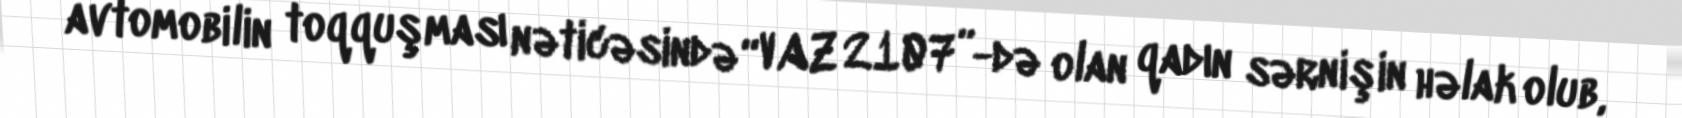
avtomobilin toqquşması nəticəsində “VAZ 2107”-də olan qadın sərnişin həlak olub,